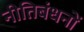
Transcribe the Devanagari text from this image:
नीतिबंधनों